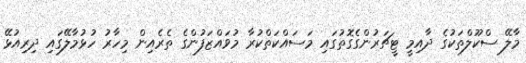
މާލޭ ސްކޫލްތަކުގެ ދާއިމީ ޓީޗަރުންގެގޮތުގައި މަސައްކަތްކުރާ މުވައްޒަފުންގެ ތެރެއިން މިހާރު ހުޅުމާލޭގައި ދިރިއުޅޭ